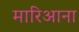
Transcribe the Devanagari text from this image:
मारिआना